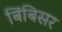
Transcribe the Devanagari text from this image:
बिंबिसर